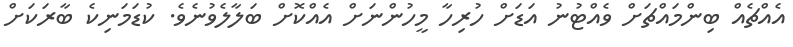
އެއްޗެއް ބިންމައްޗަށް ވެއްޓުނު އަޑަށް ހުރިހާ މީހުންނަށް އެއްކޮށް ބަލާލެވުނެވެ. ކުޑަމަނިކެ ބާރަކަށް